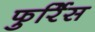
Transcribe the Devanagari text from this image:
फुर्रिेस